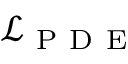
\mathcal { L } _ { \mathrm { ~ P ~ D ~ E ~ } }